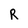
Character: R